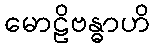
မောဠိဗန္ဓာဟိ